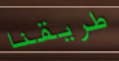
طريقنا